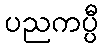
ပညကပ္ပီ